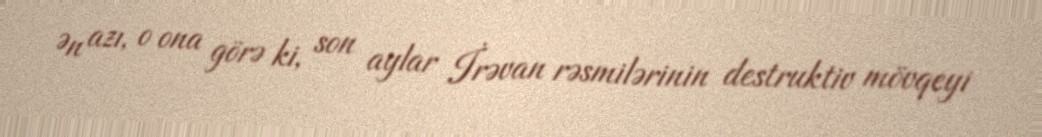
Ən azı, o ona görə ki, son aylar İrəvan rəsmilərinin destruktiv mövqeyi